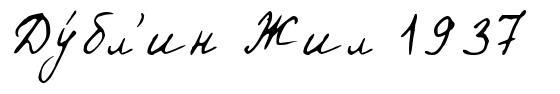
Ду́бл'ин Жил 1937